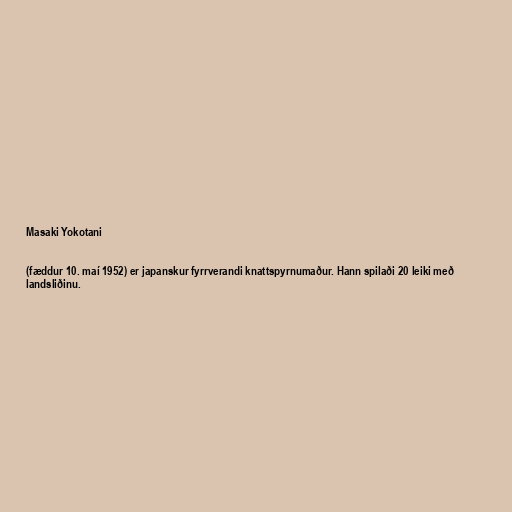
Masaki Yokotani

(fæddur 10. maí 1952) er japanskur fyrrverandi knattspyrnumaður. Hann spilaði 20 leiki með
landsliðinu.